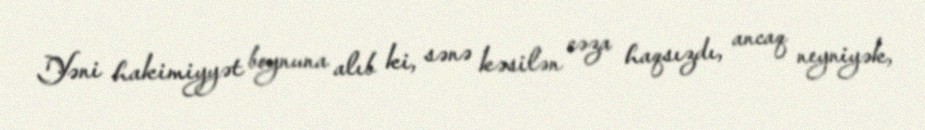
Yəni hakimiyyət boynuna alıb ki, sənə kəsilən cəza haqsızdı, ancaq neyniyək,